system: You are a helpful assistant.
user:
Analyze the provided spectrum to determine if it is a **"Cataclysmic Variables (CV)"**.

- **Key Indicators for CV (Check for either state):**
    - **State 1: Quiescent / Low-State (Emission-Dominated)**
        - **(Primary):** Strong and *very broad* Hydrogen Balmer emission lines (e.g., $H\alpha$ at 6563 Å, $H\beta$ at 4861 Å). The 'broadness' (high velocity dispersion, often FWHM > 1000 km/s) is the key diagnostic, indicating a high-velocity accretion disk.
        - **(Secondary):** Broad neutral Helium (He I) emission lines (e.g., 5876 Å, 6678 Å).
        - **(Key Confirmation):** Presence of high-excitation *ionized* Helium (He II) emission at 4686 Å. This is a strong indicator of accretion onto a white dwarf.
        - **(Line Profile):** Emission lines may exhibit a 'double-peaked' profile, which is a classic signature of a rotating accretion disk viewed at high inclination.

    - **State 2: Outburst / High-State (Absorption-Dominated)**
        - **(Primary):** Spectrum is dominated by a bright, blue continuum (looks like a hot star).
        - **(Secondary):** The emission lines from State 1 are weak, absent, or 'filled in', and are replaced by broad, shallow *absorption* lines (primarily Balmer and He I).
        - **(Morphology):** The overall spectrum mimics a hot B/A-type star. The crucial difference is that the absorption lines are significantly broader, shallower, and more 'washed-out' (or 'smeared') than the sharp lines of a normal stellar photosphere, due to high rotational speeds and pressure broadening in the disk.

Think first, call **spectral_visualization_tool** if needed to examine features in detail, then provide your final answer. Your response must adhere to the following strict rules:
1.  **Overall Structure:** Your response must follow the format `<think>...</think> <tool_call>...</tool_call> (if a tool is used) <answer>...</answer>`.
2.  **Tool Usage Constraint:** You may only make **one** tool call per turn.
3.  **Final Answer Format:** In the `<answer>` tag, your conclusion must be inside a `\boxed{}` command (e.g., `\boxed{YES}`), followed by your justification.

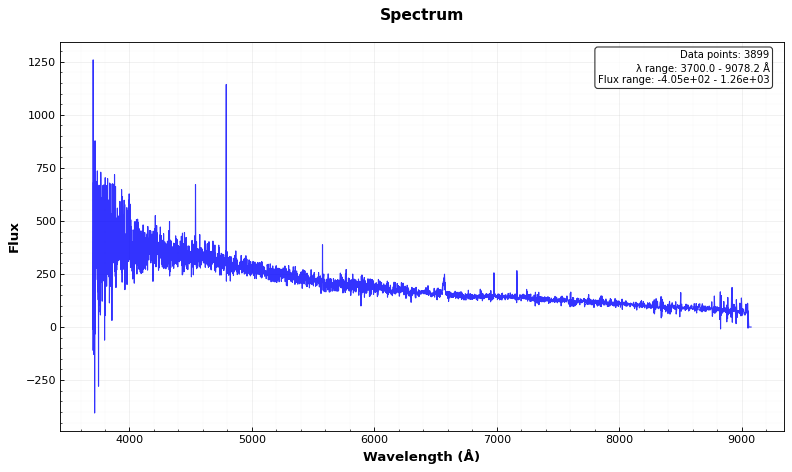
Answer: YES